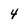
Character: 4